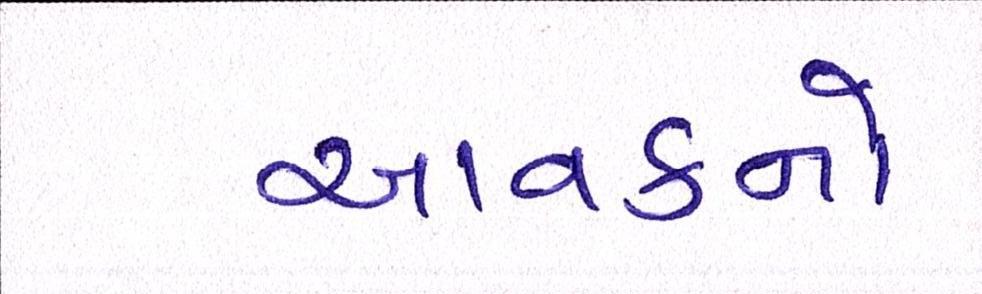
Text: આવકનો